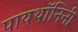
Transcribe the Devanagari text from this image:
पायथॉनिनी